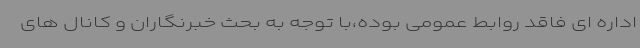
اداره ای فاقد روابط عمومی بوده،با توجه به بحث خبرنگاران و کانال های